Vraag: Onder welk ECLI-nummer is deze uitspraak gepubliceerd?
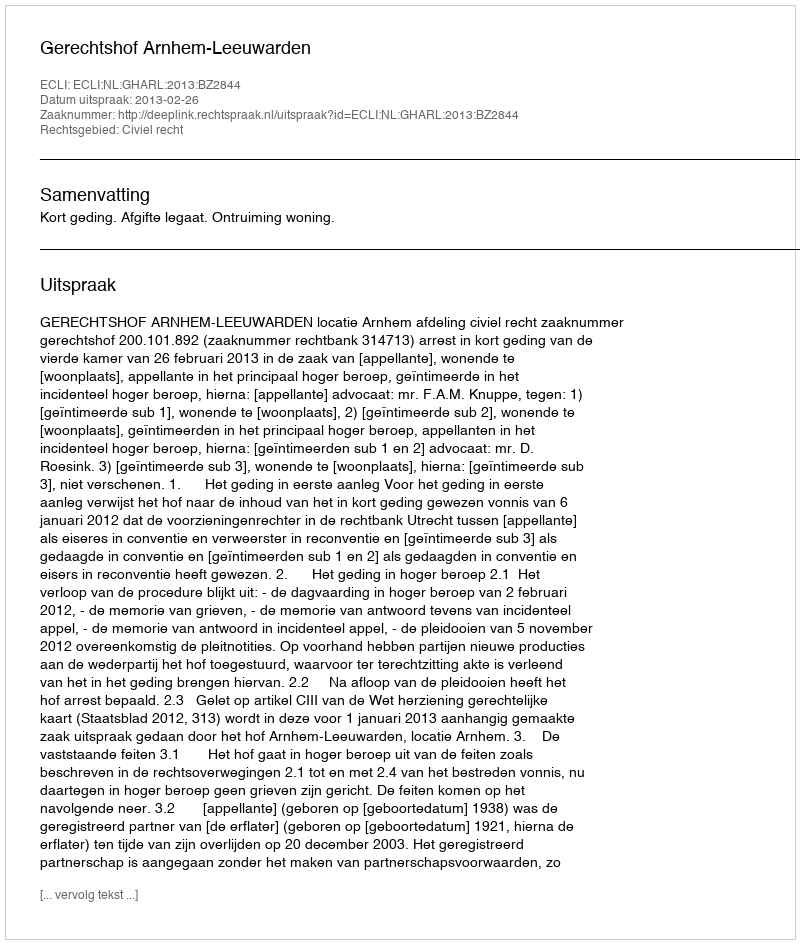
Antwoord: ECLI:NL:GHARL:2013:BZ2844